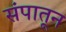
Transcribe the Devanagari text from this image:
संपातून